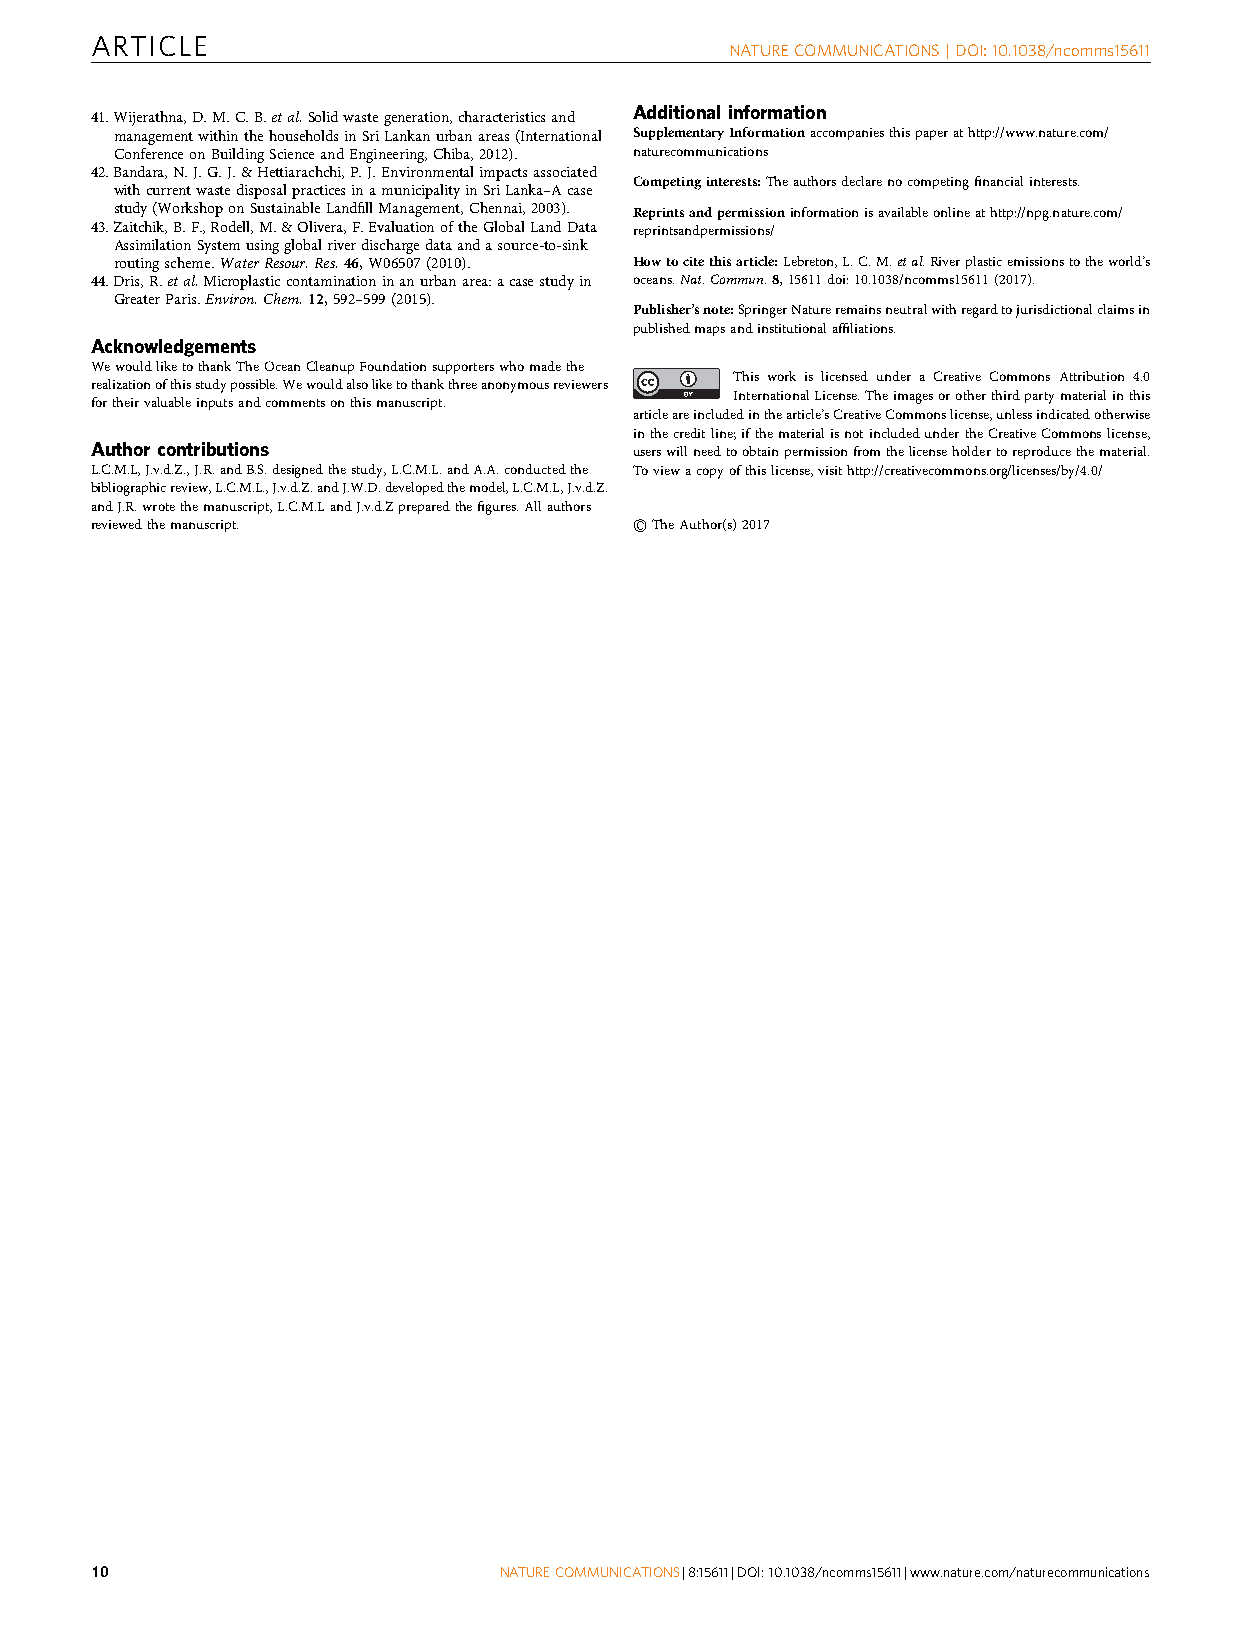
ARTICLE
 NATURECOMMUNICATIONS|DOI:10.1038/ncomms15611
 Additional information
 41.Wijerathna,D.M.C.B.etal.Solidwastegeneration,characteristicsand
 managementwithinthehouseholdsinSriLankanurbanareas(International SupplementaryInformationaccompaniesthispaperathttp://www.nature.com/
 ConferenceonBuildingScienceandEngineering,Chiba,2012). naturecommunications
 42.Bandara,N.J.G.J.&Hettiarachchi,P.J.Environmentalimpactsassociated
 Competinginterests:Theauthorsdeclarenocompetingfinancialinterests.
 withcurrentwastedisposalpracticesinamunicipalityinSriLanka–Acase
 study(WorkshoponSustainableLandfillManagement,Chennai,2003). Reprintsandpermissioninformationisavailableonlineathttp://npg.nature.com/
 43.Zaitchik,B.F.,Rodell,M.&Olivera,F.EvaluationoftheGlobalLandData reprintsandpermissions/
 AssimilationSystemusingglobalriverdischargedataandasource-to-sink
 routingscheme.WaterResour.Res.46,W06507(2010). Howtocitethisarticle:Lebreton,L.C.M.etal.Riverplasticemissionstotheworld’s
 44.Dris,R.etal.Microplasticcontaminationinanurbanarea:acasestudyin oceans.Nat.Commun.8,15611doi:10.1038/ncomms15611(2017).
 GreaterParis.Environ.Chem.12,592–599(2015).
 Publisher’snote:SpringerNatureremainsneutralwithregardtojurisdictionalclaimsin
 publishedmapsandinstitutionalaffiliations.
 Acknowledgements
 WewouldliketothankTheOceanCleanupFoundationsupporterswhomadethe
 This work is licensed under a Creative Commons Attribution 4.0
 realizationofthisstudypossible.Wewouldalsoliketothankthreeanonymousreviewers
 InternationalLicense.Theimagesorotherthirdpartymaterialinthis
 fortheirvaluableinputsandcommentsonthismanuscript.
 articleareincludedinthearticle’sCreativeCommonslicense,unlessindicatedotherwise
 inthecreditline;ifthematerialisnotincludedundertheCreativeCommonslicense,
 Author contributions                userswillneedtoobtainpermissionfromthelicenseholdertoreproducethematerial.
 L.C.M.L,J.v.d.Z.,J.R.andB.S.designedthestudy,L.C.M.L.andA.A.conductedthe Toviewacopyofthislicense,visithttp://creativecommons.org/licenses/by/4.0/
 bibliographicreview,L.C.M.L.,J.v.d.Z.andJ.W.D.developedthemodel,L.C.M.L,J.v.d.Z.
 andJ.R.wrotethemanuscript,L.C.M.LandJ.v.d.Zpreparedthefigures.Allauthors
 reviewedthemanuscript.              rTheAuthor(s)2017
 10                         NATURECOMMUNICATIONS|8:15611|DOI:10.1038/ncomms15611|www.nature.com/naturecommunications